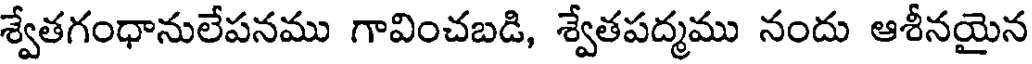
శ్వేతగంధానులేపనము గావించబడి, శ్వేతపద్మము నందు ఆశీనయైన